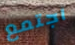
اجتمع